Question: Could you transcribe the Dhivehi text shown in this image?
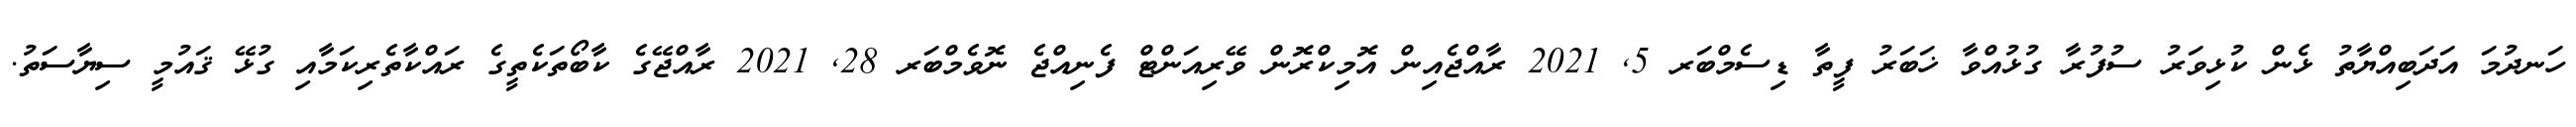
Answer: ހަނދުމަ އަދަބިއްޔާތު ޅެން ކުޅިވަރު ސުފުރާ ގުޅުއްވާ ޚަބަރު ފީތާ ޑިސެމްބަރ 5, 2021 ރާއްޖެއިން އޮމިކްރޮން ވޭރިއަންޓް ފެނިއްޖެ ނޮވެމްބަރ 28, 2021 ރާއްޖޭގެ ކާބޯތަކެތީގެ ރައްކާތެރިކަމާއި ގުޅޭ ޤައުމީ ސިޔާސަތު.